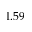
1 . 5 9